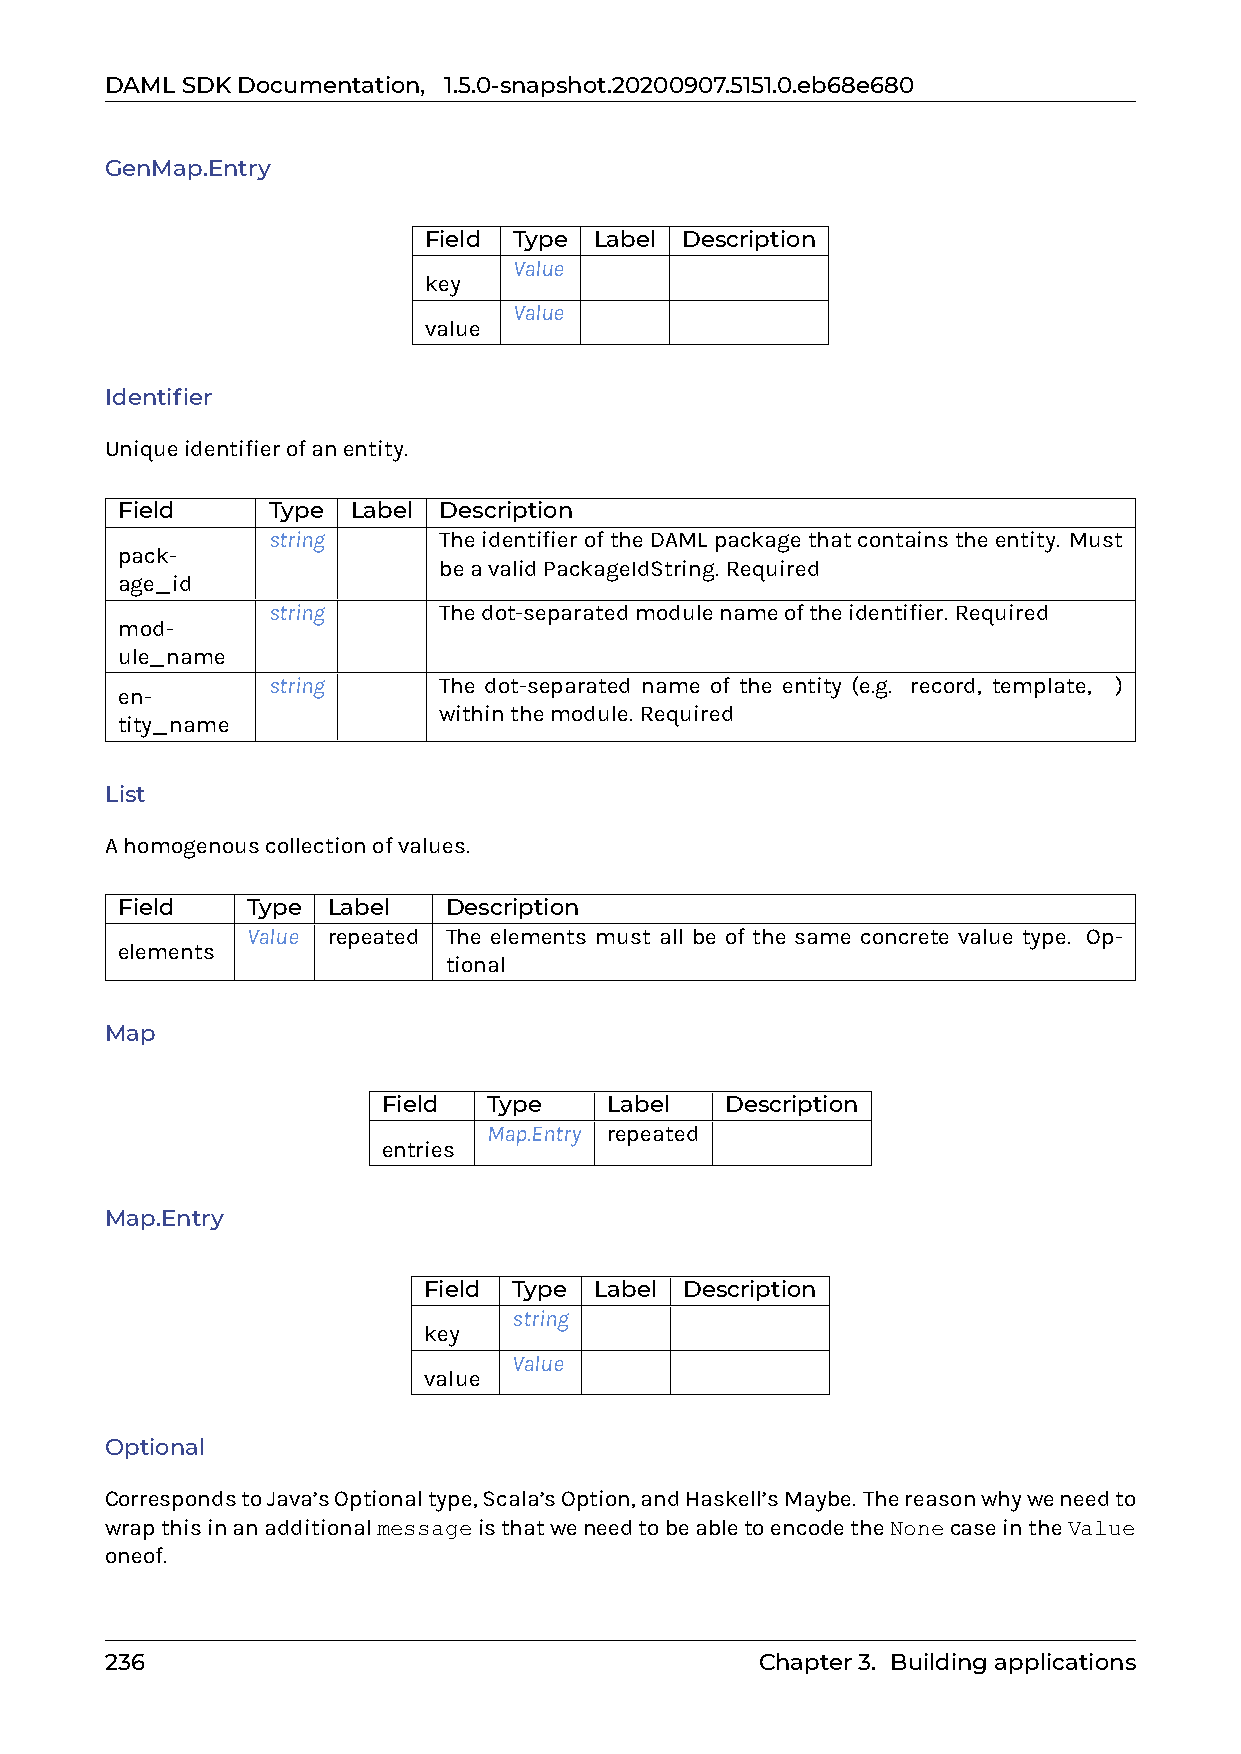
DAMLSDKDocumentation, 1.5.0-snapshot.20200907.5151.0.eb68e680
 GenMap.Entry
 Field Type Label Description
 Value
 key
 Value
 value
 Identifier
 Uniqueidentifierofanentity.
 Field     Type Label Description
 string     TheidentifieroftheDAMLpackagethatcontainstheentity. Must
 pack-
 beavalidPackageIdString. Required
 age_id
 string     Thedot-separatedmodulenameoftheidentifier. Required
 mod-
 ule_name
 string     The dot-separated name of the entity (e.g. record, template, 0)
 en-
 withinthemodule. Required
 tity_name
 List
 Ahomogenouscollectionofvalues.
 Field   Type  Label  Description
 Value repeated The elements must all be of the same concrete value type. Op-
 elements
 tional
 Map
 Field  Type    Label   Description
 Map.Entry repeated
 entries
 Map.Entry
 Field Type Label Description
 string
 key
 Value
 value
 Optional
 CorrespondstoJava’sOptionaltype,Scala’sOption,andHaskell’sMaybe. Thereasonwhyweneedto
 wrapthisinanadditionalmessageisthatweneedtobeabletoencodetheNonecaseintheValue
 oneof.
 236                                        Chapter3. Buildingapplications